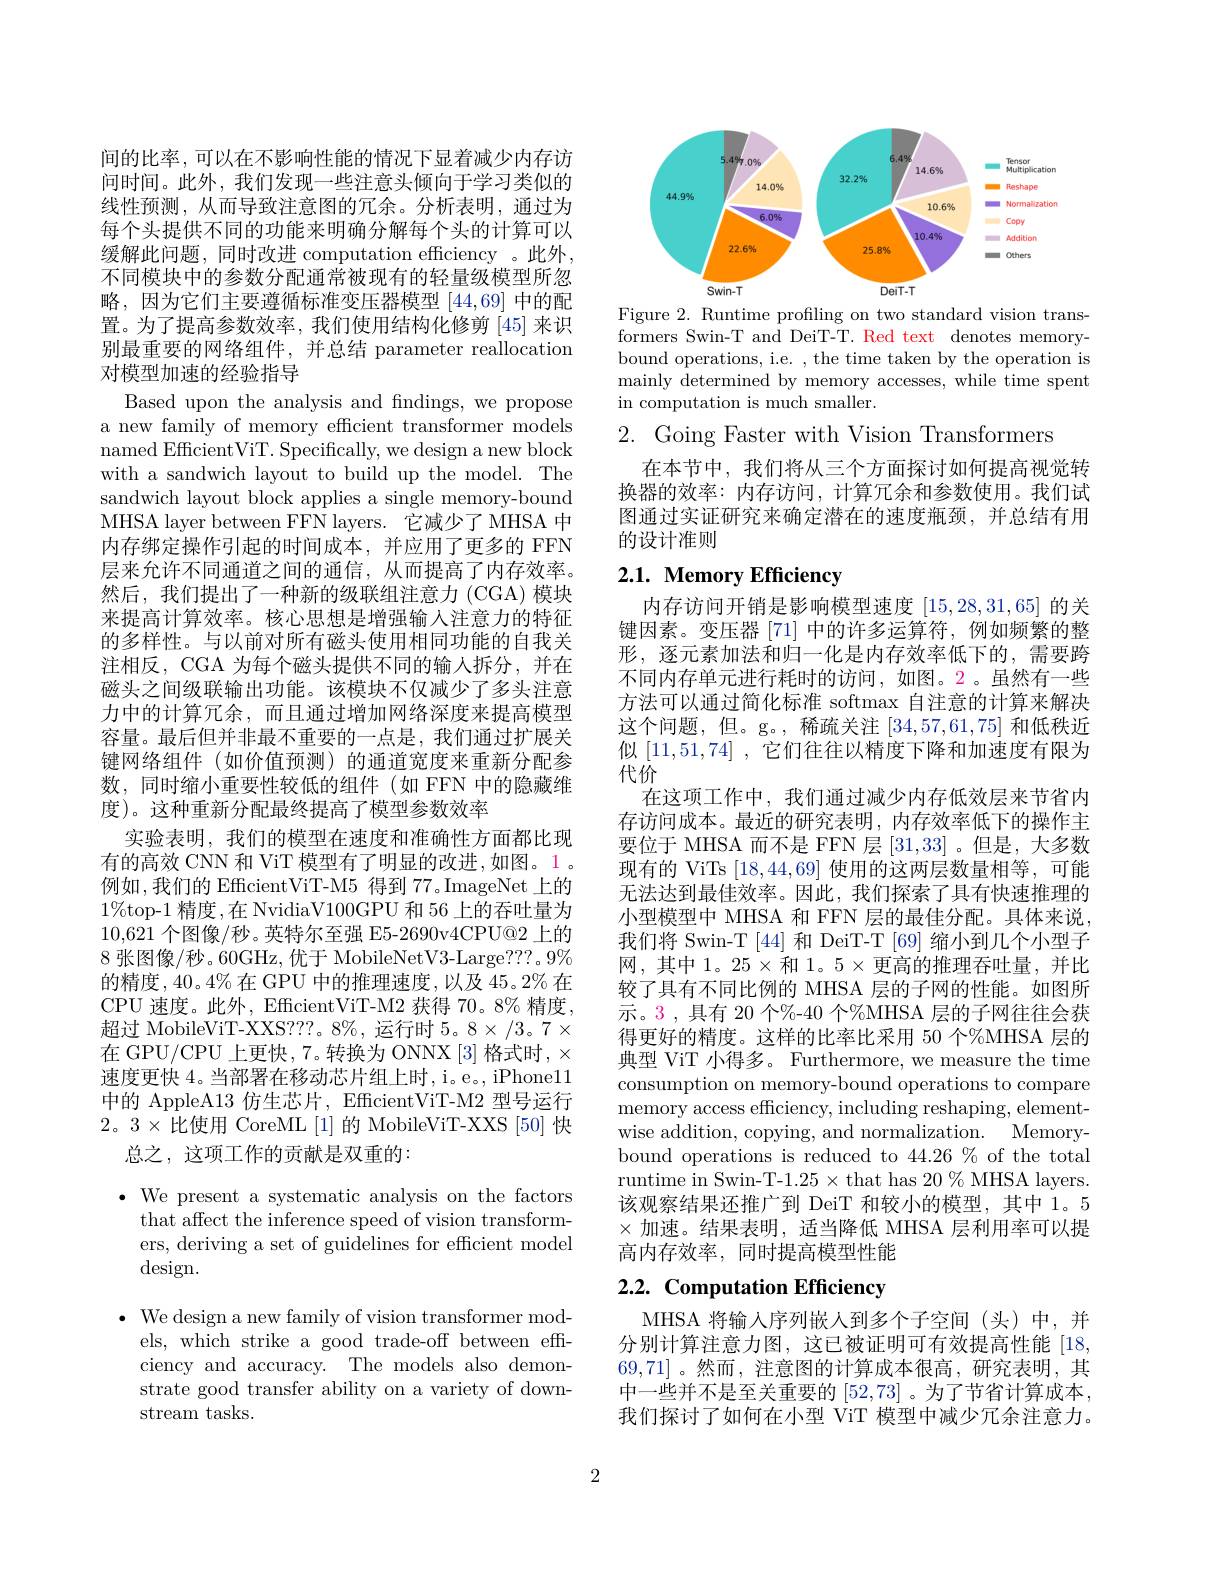
间的比率，可以在不影响性能的情况下显着减少内存访问时间。此外，我们发现一些注意头倾向于学习类似的线性预测，从而导致注意图的冗余。分析表明，通过为每个头提供不同的功能来明确分解每个头的计算可以缓解此问题，同时改进 computation efficiency 。此外， 不同模块中的参数分配通常被现有的轻量级模型所忽略，因为它们主要遵循标准变压器模型[44,69]中的配置。为了提高参数效率，我们使用结构化修剪[45]来识别最重要的网络组件，并总结 parameter reallocation 对模型加速的经验指导
Based upon the analysis and findings, we propose a new family of memory efficient transformer models named EfficientViT. Specifically, we design a new block with a sandwich layout to build up the model. The sandwich layout block applies a single memory-bound MHSA layer between FFN layers. 它减少了 MHSA 中内存绑定操作引起的时间成本，并应用了更多的 FFN 层来允许不同通道之间的通信，从而提高了内存效率。然后，我们提出了一种新的级联组注意力(CGA)模块来提高计算效率。核心思想是增强输入注意力的特征的多样性。与以前对所有磁头使用相同功能的自我关注相反，CGA 为每个磁头提供不同的输入拆分，并在磁头之间级联输出功能。该模块不仅减少了多头注意力中的计算冗余，而且通过增加网络深度来提高模型容量。最后但并非最不重要的一点是，我们通过扩展关键网络组件(如价值预测)的通道宽度来重新分配参数，同时缩小重要性较低的组件(如 FFN 中的隐藏维度)。这种重新分配最终提高了模型参数效率
实验表明，我们的模型在速度和准确性方面都比现有的高效 CNN 和 ViT 模型有了明显的改进，如图。1。例如，我们的 EfficientViT-M5 得到 77。ImageNet 上的$1\%$top-1 精度 ,在 NvidiaV100GPU 和 56 上的吞吐量为10,621个图像/秒。英特尔至强 E5-2690v4CPU@2 上的8张图像/秒。60GHz, 优于 MobileNetV3-Large???。9% 的精度，40。4%在 GPU 中的推理速度，以及 45。2% 在CPU 速度。此外，EfficientViT-M2 获得 70。8% 精度， 超过 MobileViT-XXS???。8%, 运行时 5。8×/3。7× 在 GPU/CPU 上更快，7。转换为 ONNX [3] 格式时，× 速度更快 4。当部署在移动芯片组上时，i。e。, iPhone11中的 AppleA13 仿生芯片，EfficientViT-M2 型号运行2。3$\times$比使用 CoreML[1]的 MobileViT-XXS[50]快
总之，这项工作的贡献是双重的：

$\bullet$ We present a systematic analysis on the factors
that affect the inference speed of vision transformers, deriving a set of guidelines for efficient model design.

$\bullet$ We design a new family of vision transformer mod-
els, which strike a good trade-off between effciency and accuracy. The models also demonstrate good transfer ability on a variety of downstream tasks.

<FigureHere>
Figure 2. Runtime profiling on two standard vision trans-

formers Swin-T and DeiT-T. Red text denotes memorybound operations, i.e. , the time taken by the operation is mainly determined by memory accesses, while time spent in computation is much smaller.

2. Going Faster with Vision Transformers

在本节中，我们将从三个方面探讨如何提高视觉转换器的效率：内存访问，计算冗余和参数使用。我们试图通过实证研究来确定潜在的速度瓶颈，并总结有用的设计准则

# 2.1. Memory Efficiency

内存访问开销是影响模型速度[15,28,31,65]的关键因素。变压器[71] 中的许多运算符，例如频繁的整形，逐元素加法和归一化是内存效率低下的，需要跨不同内存单元进行耗时的访问，如图。2。虽然有一些方法可以通过简化标准 softmax 自注意的计算来解决这个问题，但。g。, 稀疏关注[34,57,61,75]和低秩近似[11,51,74] ,它们往往以精度下降和加速度有限为代价
在这项工作中，我们通过减少内存低效层来节省内存访问成本。最近的研究表明，内存效率低下的操作主要位于 MHSA 而不是 FFN 层[31,33] 。但是，大多数现有的 ViTs [18,44,69]使用的这两层数量相等，可能无法达到最佳效率。因此，我们探索了具有快速推理的小型模型中 MHSA 和 FFN 层的最佳分配。具体来说， 我们将 Swin-T [44] 和 DeiT-T [69] 缩小到几个小型子网，其中 1。25×和 1。5× 更高的推理吞吐量，并比较了具有不同比例的 MHSA 层的子网的性能。如图所示。3,具有 20 个%-40 个%MHSA 层的子网往往会获得更好的精度。这样的比率比采用 50 个%MHSA 层的典型 ViT 小得多。Furthermore, we measure the time consumption on memory-bound operations to compare memory access efficiency, including reshaping, elementwise addition, copying, and normalization. Memorybound operations is reduced to 44.26 % of the total runtime in Swin-T-1.25 × that has 20 % MHSA layers. 该观察结果还推广到 DeiT 和较小的模型，其中 1。5 $\times$加速。结果表明，适当降低 MHSA 层利用率可以提高内存效率，同时提高模型性能

# 2.2. Computation Efficiency

MHSA 将输入序列嵌人到多个子空间(头)中，并分别计算注意力图，这已被证明可有效提高性能[18,1] 69,71]。然而，注意图的计算成本很高，研究表明，其$\dot{\text{中一些并不是至关重要的 }[52,73]}$。为了节省计算成本， 我们探讨了如何在小型 ViT 模型中减少冗余注意力。

2